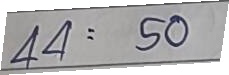
44 = 50